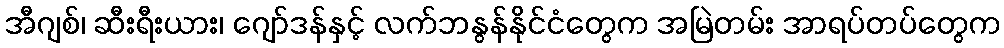
အီဂျစ်၊ ဆီးရီးယား၊ ဂျော်ဒန်နှင့် လက်ဘနွန်နိုင်ငံတွေက အမြဲတမ်း အာရပ်တပ်တွေက